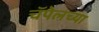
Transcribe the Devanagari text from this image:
चॅपेलच्या